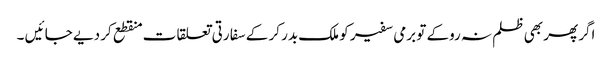
اگر پھر بھی ظلم نہ روکے تو برمی سفیر کو ملک بدر کر کے سفا رتی تعلقا ت منقطع کر دیے جا ئیں ۔